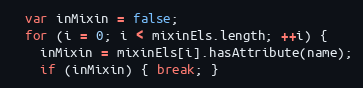
Language: JavaScript
  var inMixin = false;
  for (i = 0; i < mixinEls.length; ++i) {
    inMixin = mixinEls[i].hasAttribute(name);
    if (inMixin) { break; }